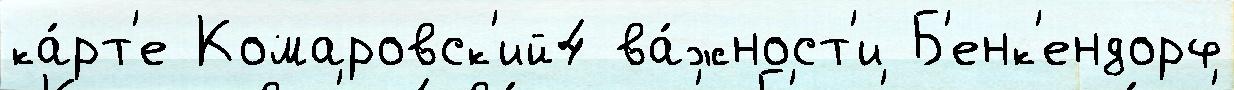
ка́рт'е Комаровск'ий4 ва́жност'и Б'енк'ендорф